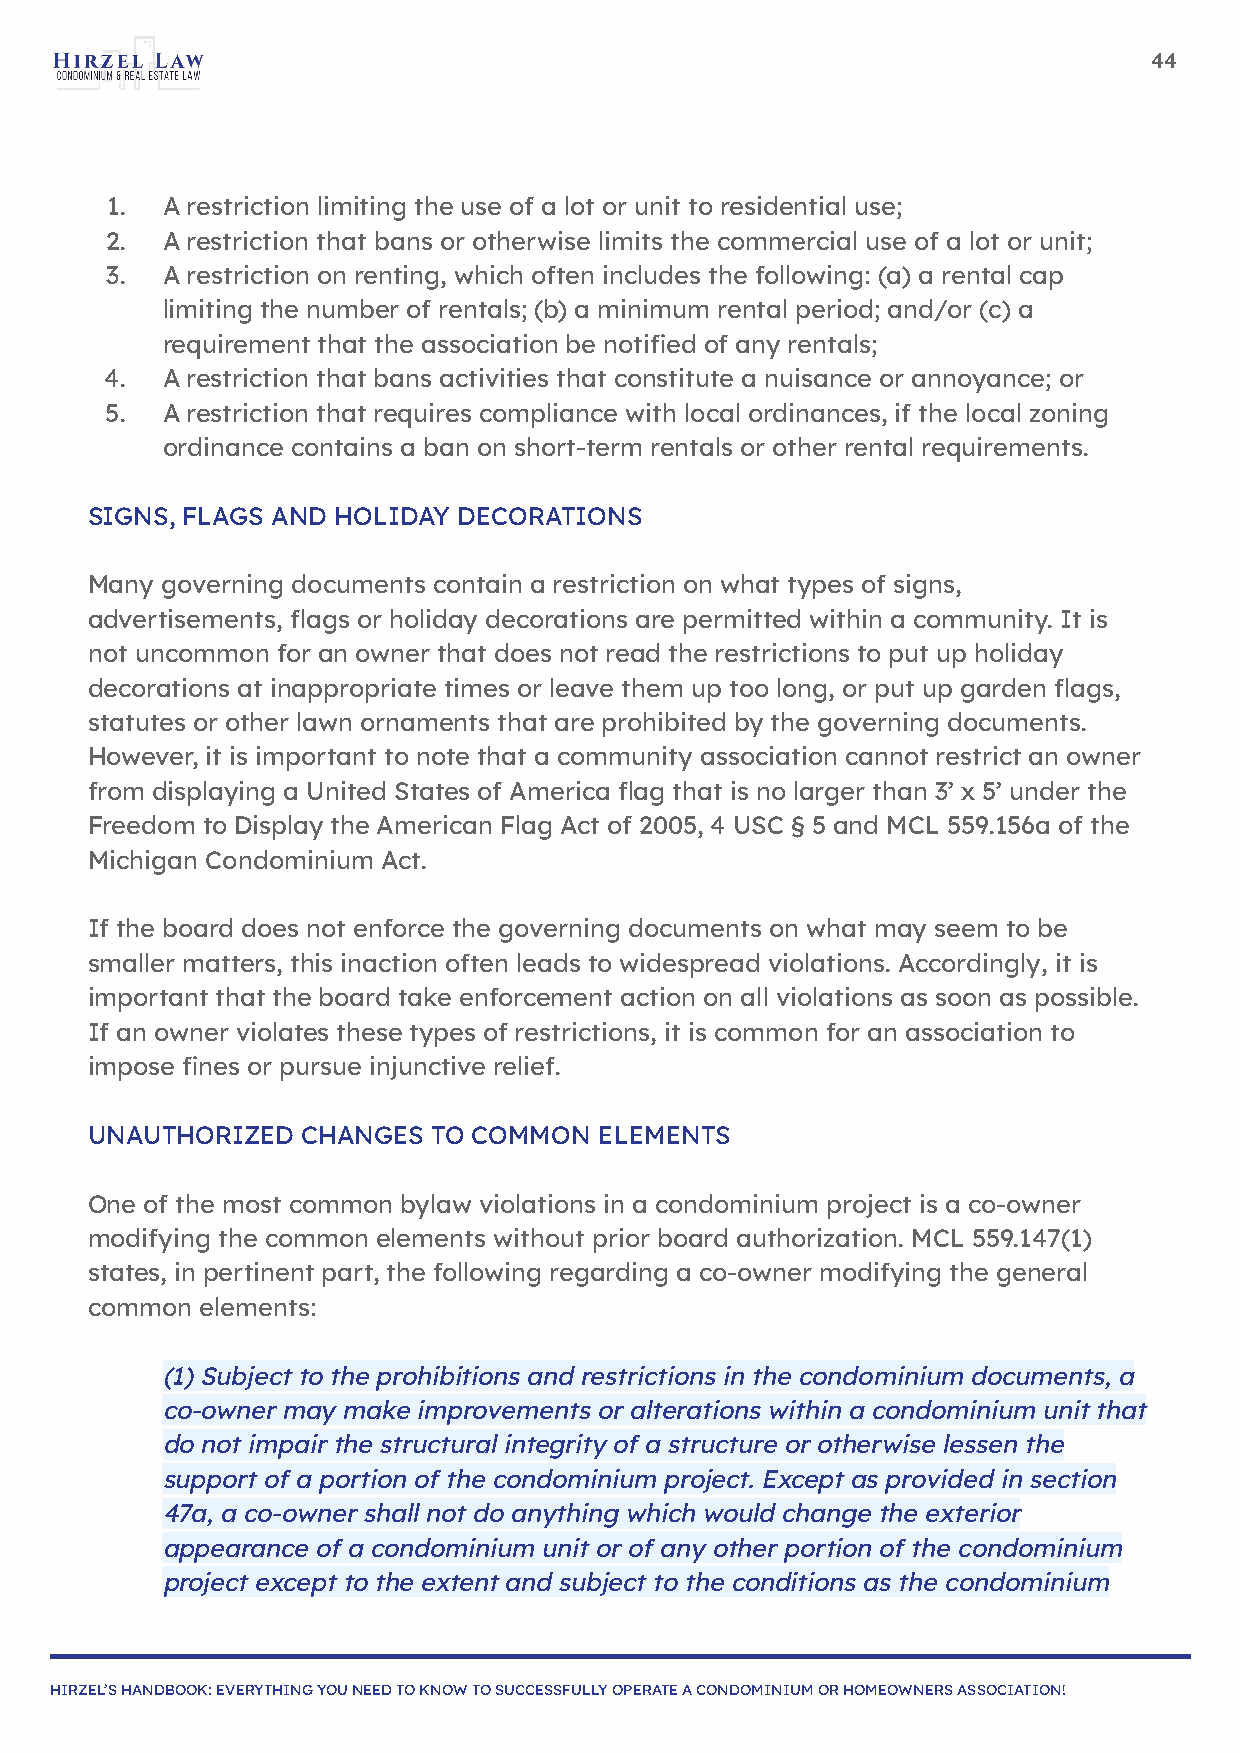
44
 1.  A restriction limiting the use of a lot or unit to residential use;
 2.  A restriction that bans or otherwise limits the commercial use of a lot or unit;
 3.  A restriction on renting, which often includes the following: (a) a rental cap
 limiting the number of rentals; (b) a minimum rental period; and/or (c) a
 requirement that the association be notified of any rentals;
 4.  A restriction that bans activities that constitute a nuisance or annoyance; or
 5.  A restriction that requires compliance with local ordinances, if the local zoning
 ordinance contains a ban on short-term rentals or other rental requirements.
 SIGNS, FLAGS AND HOLIDAY DECORATIONS
 Many governing documents contain a restriction on what types of signs,
 advertisements, flags or holiday decorations are permitted within a community. It is
 not uncommon for an owner that does not read the restrictions to put up holiday
 decorations at inappropriate times or leave them up too long, or put up garden flags,
 statutes or other lawn ornaments that are prohibited by the governing documents.
 However, it is important to note that a community association cannot restrict an owner
 from displaying a United States of America flag that is no larger than 3’ x 5’ under the
 Freedom to Display the American Flag Act of 2005, 4 USC § 5 and MCL 559.156a of the
 Michigan Condominium Act.
 If the board does not enforce the governing documents on what may seem to be
 smaller matters, this inaction often leads to widespread violations. Accordingly, it is
 important that the board take enforcement action on all violations as soon as possible.
 If an owner violates these types of restrictions, it is common for an association to
 impose fines or pursue injunctive relief.
 UNAUTHORIZED  CHANGES  TO COMMON  ELEMENTS
 One of the most common bylaw violations in a condominium project is a co-owner
 modifying the common elements without prior board authorization. MCL 559.147(1)
 states, in pertinent part, the following regarding a co-owner modifying the general
 common elements:
 (1) Subject to the prohibitions and restrictions in the condominium documents, a
 co-owner may make improvements or alterations within a condominium unit that
 do not impair the structural integrity of a structure or otherwise lessen the
 support of a portion of the condominium project. Except as provided in section
 47a, a co-owner shall not do anything which would change the exterior
 appearance of a condominium unit or of any other portion of the condominium
 project except to the extent and subject to the conditions as the condominium
 HIRZEL’S HANDBOOK: EVERYTHING YOU NEED TO KNOW TO SUCCESSFULLY OPERATE A CONDOMINIUM OR HOMEOWNERS ASSOCIATION!